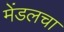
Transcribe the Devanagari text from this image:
मेंडलचा